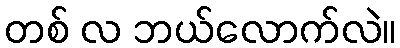
တစ် လ ဘယ်လောက်လဲ။